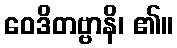
ဝေဒိတဗ္ဗာနိ၊ ၏။